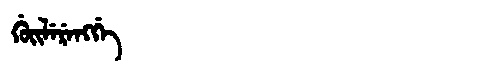
Manchu: ᡤᡠᡳᠯᡝᡵᡝᠩᡤᡝ
Romanization: GUILERENGGE